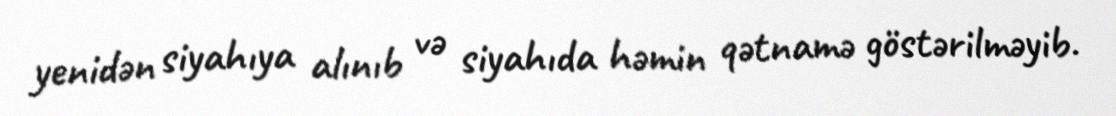
yenidən siyahıya alınıb və siyahıda həmin qətnamə göstərilməyib.